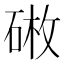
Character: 𪿥